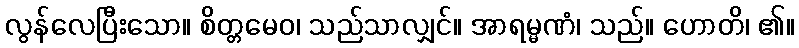
လွန်လေပြီးသော။ စိတ္တမေဝ၊ သည်သာလျှင်။ အာရမ္မဏံ၊ သည်။ ဟောတိ၊ ၏။